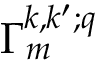
\Gamma _ { m } ^ { k , k ^ { \prime } ; q }